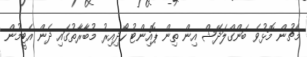
މެޗުން މޮޅުވެ ބަންގްލަދޭޝް އިން ތިން ޕޮއިންޓު ހޯދިއިރު މުބާރާތުގައި ދެން އެޓީމުން